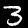
Digit: 3